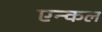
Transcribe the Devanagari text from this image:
एन्कल